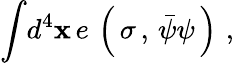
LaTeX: {\int}d^{4}\mathbf{x}\, e\, \left(\, \sigma\, ,\, {\bar{{\psi}}\psi}\, \right)\, \, ,